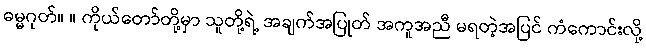
ဓမ္မဂုတ်။ ။ ကိုယ်တော်တို့မှာ သူတို့ရဲ့ အချက်အပြုတ် အကူအညီ မရတဲ့အပြင် ကံကောင်းလို့